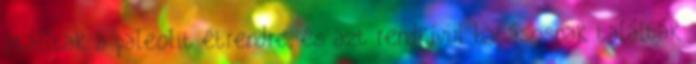
átálltak a paleolit étrendre, és azt rendkívül hatásosnak találták